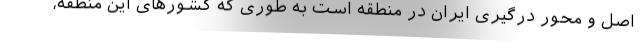
اصل و محور درگیری ایران در منطقه است به طوری که کشورهای این منطقه،